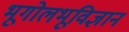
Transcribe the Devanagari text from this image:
भूगोलभूविज्ञान